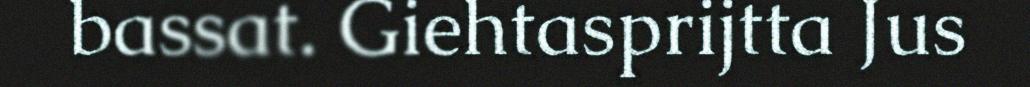
bassat. Giehtasprijtta Jus